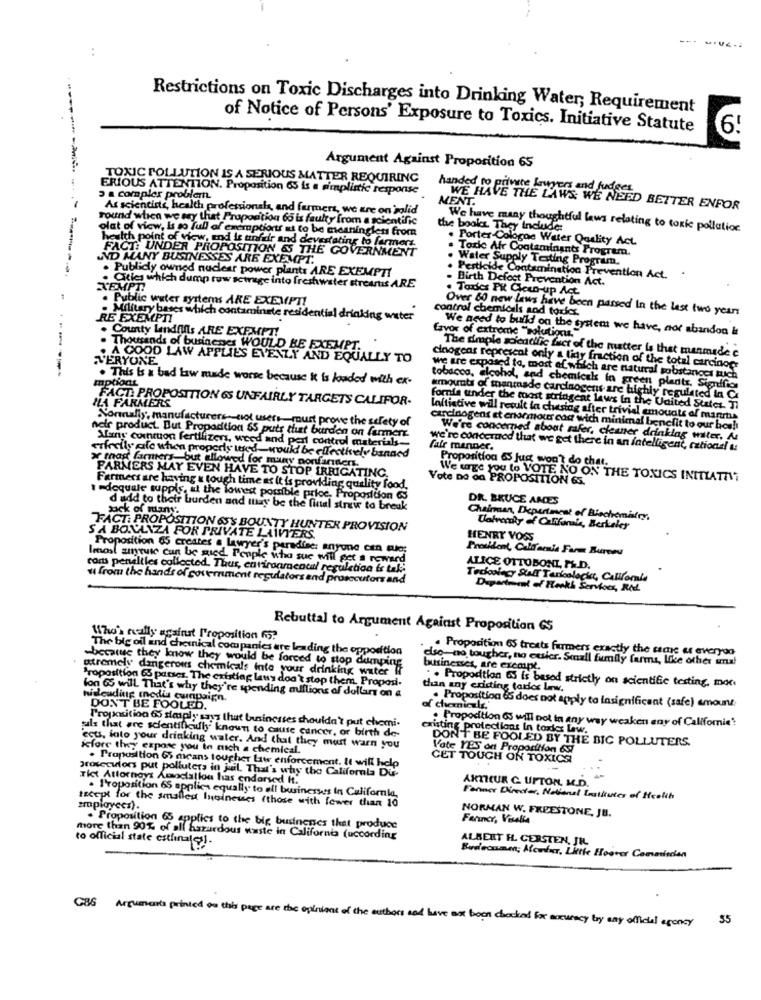
:
Restrictions on Toxic Discharges into Drinking Water, Requirement
of Notice of Persons' Exposure to Toxics. Initiative Statute
6!
Argument Against Proposition 65
TOXIC POLLUTION IS A SERIOUS MATTER REQUIRING
ERIOUS ATTENTION. Proposition 65 is a simplistic response
handed to private krugers and judges
3 & complex problem.
MENT.
As scientists, health professionals, and farmers, we are on solid
WE HAVE THE LAWS WE NEED BETTER ENFOR
round which we say that Proportion 60 is faulty from a scientific
olat of view, is so full of eneroptions is to be meaningless from
the books They include
We have many thoughtful laws relating to toxic pollution
health point of view, and is unfair and devestating to farmers.
. Porter Cologne Water Quality Act.
FACT: UNDER PROPOSITION &S THE GOVERNMENT
Tark Afr Contaminants Program.
AND MANY BUSINESSES ARE EXEMPT.
Water Supply Testing Program.
. Publicly owned nuclear power plants ARE EXEMPTI
Perticide Contamination Prevention Act.
Birth Defect Prevention Act.
XEMPTI
. Cities which dump row sctrage into freshwater streams ARE
. Taxes PK Clean-up Act
. Public water systems ARE EXEMPT!
control chemicals sod tories.
Over 60 new laws have been passed In the last two years
RE EXEMPTI
. Military bases which contaminete residential
water
. County Landfills ARE EXEMPT!
We need to build on the system we have, not abandon &
favor of extreme "solutionus."
. Thousands of businesses WOULD BE EXEMPT.
The druple scientific fact of the matter is that manmade e
VERYONE
. A GOOD LAW APPLIES EVENLY AND EQUALLY TO
cinogcas represcat only a tiny fraction of the total carcinopr
mptiont
. This is a bad low made worse because it is loaded with ex-
we are exposed to, most of which are natural sobstances tuich
tobacco, alcohol, and chemiesk in green plants, Significs
FACT: PROPOSITION 6S UNFAIRLY TARGETS CALIFOR-
amounts of manmade carcinogens are highly regulated in Ci
LA FARMERS
fornie under the most stringent laws In the United States. Il
Normally, manufacturers. not user_must prove the safety of
loftistive will result la chesiag after trivial emouals of manrts
carcinogens et enormous cod with minimal benefit to our hos!
neir product. But Propadtion &S puts that burden on farmert
We're concerned about safer, cleaner drinklag walter. A
Many cotton fertilizer, weed and per control materials ..
fair manner.
we're concerned that we get there in an intelligent, cationsl &
x mag farmers, but allowed for many nonfarners.
cifreily afe when properly used _ would be effectively banned
Proposition & jug won't do chat.
FARMERS MAY EVEN HAVE TO STOP IRRIGATING.
Vote Do on PROPOSITION &S.
We uge you to VOTE NO ON THE TOXICS INITLATAIT
Farmers are having & tough time as it is providing quality food
1.dequale suppis, at the lowest possible price, Proposition 63
DR. BRUCE AMES
pack of many.
d add to their burden and may be the final straw to break
Chairman, Department of Biochemistry,
FACT: PROPOSITION OS'S BOUNTY HUNTER PROVISION
University of California, Berkeley
SA BONANZA FOR PRIVATE LAWYERS.
HENRY VOSS
Proposition 65 creates a lawyer's paradise: anyone con quo;
Profdont, California Farm Bureau
lenost suquic can be sued. People who sue will get a reward
cons penaliles collected. Thus, cariraamcatal regulation is tak;
ALICE OTTOBONI P&D.
from the hands of government regulators and prosecutors and
Tedoslecy Staff Tarfoolochat, Califomia
Department of Reaks Services, Rd.
Rebuttal to Argument Against Proposition GS
Who's really against Proposition 65?
The big oil and chemical companies are leading the opposition
-because they know they would be forced to stop dumping
also- no tougher, no eusier. Small family farms, like other una!
Proposition 65 treats farmers exactly the same as everyog
utremely dangerous chemicals inte your drinking water If
businesses, are exempt.
Proposition 65 pauses. The existing laws don't stop them. Proposi-
. . Propodtion 65 is based strictly on scientific testing, moc
than any existing toricc Lew.
hisleudig Inodia curapaign.
lon 65 will That's why they're spending millions of dollars on a
DON'T BE FOOLED.
of chemicals.
. Proposition 65 does not apply to Insignificant (safe) amount
Proposition 65 staiply says that businesses shouldn't put chemi-
existing protections In toxies Law.
. Propoction OS will not in any way weaken any of Californie?
tuils that are scientificufly known to cause cancer, or birth de-
DON'T BE FOOLED BY THE BIC POLLUTERS.
ecus, into your drinking water. And that they must warn you
Kfore they expose you to nich a chemical.
Vate YES on Proposition 65
CET TOUGH ON TOXICS
prosecutors put polluters in jel. That's why the Californla Du
. Proposition 65 means tougher Law enforcement. It will help
Tict Attorneys Associatlou las endorsed It.
. Proposition 65 applica equally to all businesses In California,
ARTHUR C. UPTON, M.D.
Farmer Director, National Gratitutes of Health
employees).
recept for the smallest loineuss (those with fewer than 10
NORMAN W. FREESTONE, JE.
Farmer, Vesella
. Proposition 65 applies to the big businenes that produce
more than 90% of all hazardous waste in California (uccording
to official state estimates !.
ALBERT H. CERSTEN, JEL
Bodaosmm; Morder, Litle Hoover Comediaden
55
CBS Arguments printed on this page are the opinions of the authors and have not boon chocked for accuracy by any officiel agency